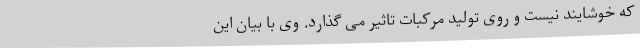
که خوشایند نیست و روی تولید مرکبات تاثیر می گذارد. وی با بیان این